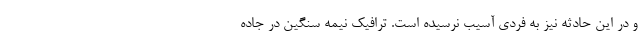
و در این حادثه نیز به فردی آسیب نرسیده است. ترافیک نیمه سنگین در جاده